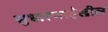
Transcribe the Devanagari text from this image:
सुधारणादेखील